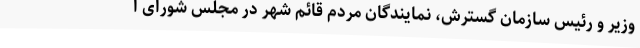
وزیر و رئیس سازمان گسترش، نمایندگان مردم قائم شهر در مجلس شورای ا